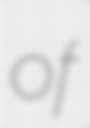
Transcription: of